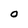
Character: O